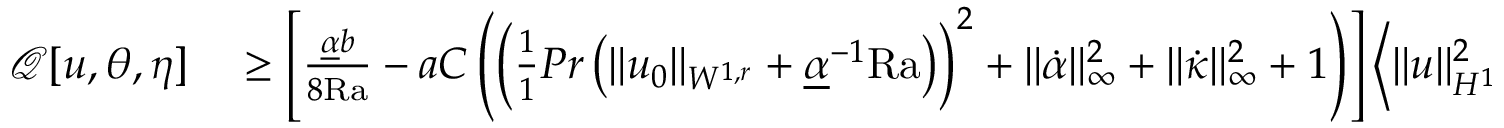
\begin{array} { r l } { \mathcal { Q } [ u , \theta , \eta ] } & { { } \geq \left[ \frac { \underline { { \alpha } } b } { 8 \mathrm { { R a } } } - a C \left( \left( \frac { 1 } { 1 } { { P r } } \left( \| u _ { 0 } \| _ { W ^ { 1 , r } } + \underline { { \alpha } } ^ { - 1 } \mathrm { { R a } } \right) \right) ^ { 2 } + \| \dot { \alpha } \| _ { \infty } ^ { 2 } + \| \dot { \kappa } \| _ { \infty } ^ { 2 } + 1 \right) \right] \left\langle \| u \| _ { H ^ { 1 } } ^ { 2 } \right\rangle } \end{array}